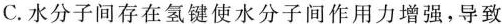
C.水分子间存在氢键使水分子间作用力增强，导致